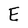
Character: E